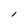
Character: l